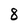
Character: 8